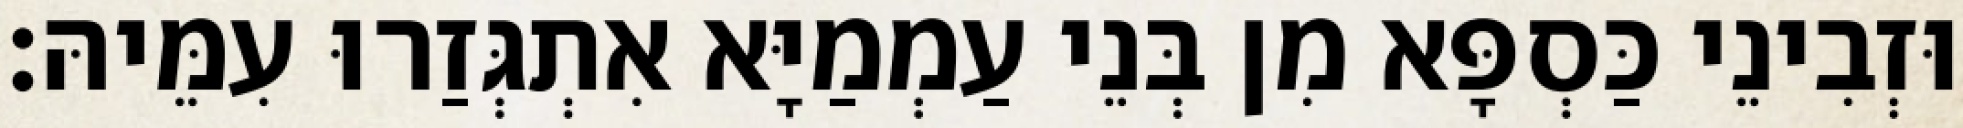
וּזְבִינֵי כַּסְפָּא מִן בְּנֵי עַמְמַיָּא אִתְגְּזַרוּ עִמֵּיהּ׃